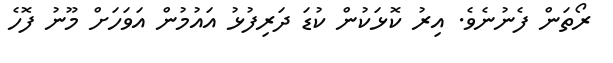
ރޯތަން ފެނުނެވެ. އިރު ކޮޅަކުން ކުޑަ ދަރިފުޅު އައުމުން އަވަހަށް މޫނު ފޮހެ